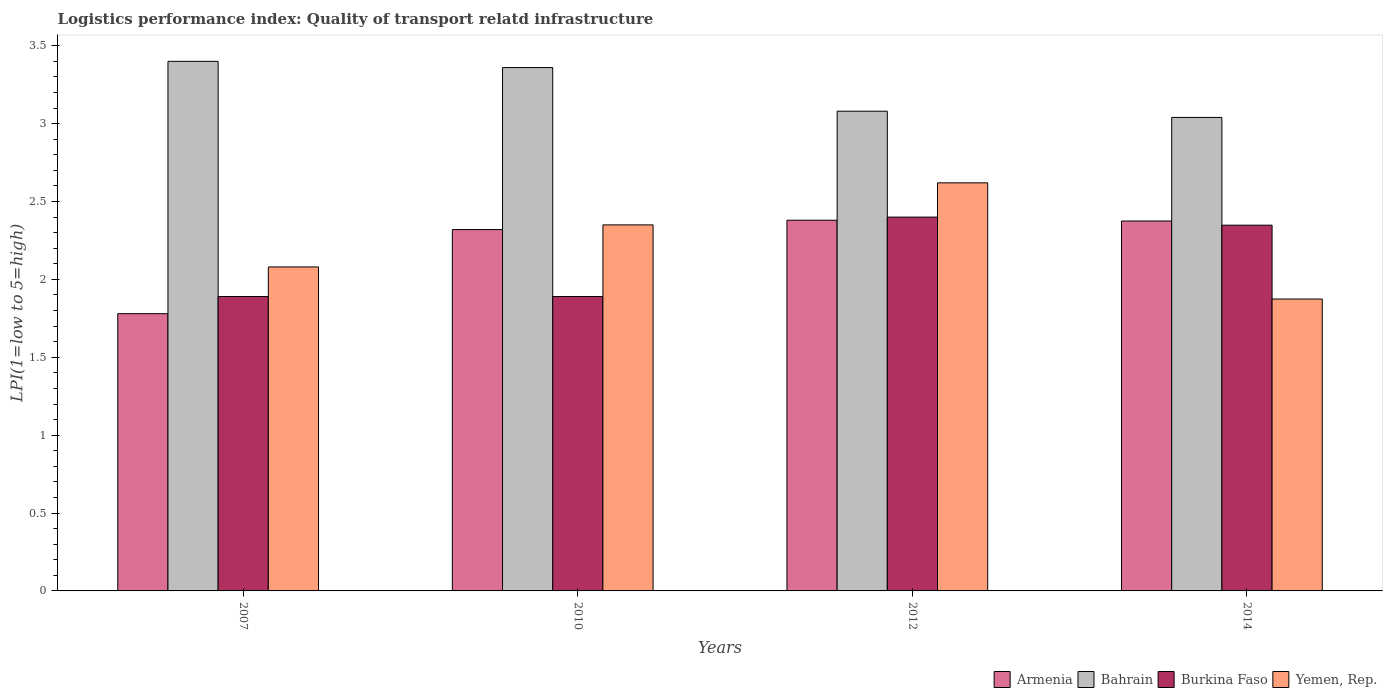
| Years | Armenia | Bahrain | Burkina Faso | Yemen, Rep. |
 | --- | --- | --- | --- | --- |
 | 2007 | 1.78 | 3.4 | 1.89 | 2.08 |
 | 2010 | 2.32 | 3.36 | 1.89 | 2.35 |
 | 2012 | 2.38 | 3.08 | 2.4 | 2.62 |
 | 2014 | 2.38 | 3.04 | 2.35 | 1.87 |